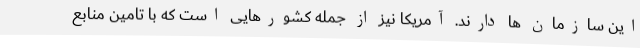
این سازمان ها دارند. آمریکا نیز از جمله کشورهایی است که با تامین منابع